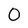
Character: 0